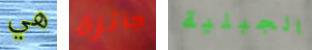
هي جائزة الجبلية